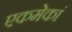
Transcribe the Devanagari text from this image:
एकमेकां